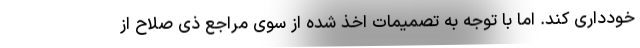
خودداری کند. اما با توجه به تصمیمات اخذ شده از سوی مراجع ذی صلاح از